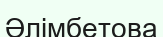
Әлімбетова